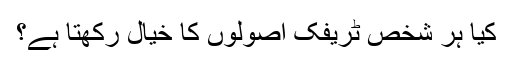
کیا ہر شخص ٹریفک اصولوں کا خیال رکھتا ہے؟